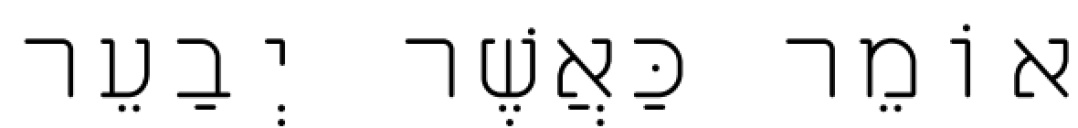
אוֹמֵר כַּאֲשֶׁר יְבַעֵר